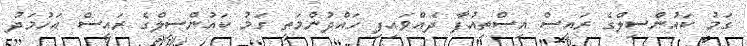
ގަމު ކައުންސިލްގެ ރައީސް އިސްތިއުފާ ދެއްވައިފި ހައްދުންމަތީ ގަމު ކައުންސިލްގެ ރައީސް އަހުމަދު